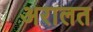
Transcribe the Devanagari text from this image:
अरालत